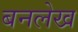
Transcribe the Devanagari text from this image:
बनलेख